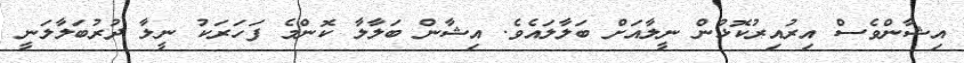
އިޝާންވެސް އިރުއިރުކޮޅުން ނީލާއަށް ބަލާލައެވެ. އިޝާން ބަލާލާ ކޮންމެ ފަހަރަކު ނީލާ ދުރުބަލާލަނީ